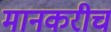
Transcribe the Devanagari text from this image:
मानकरीच